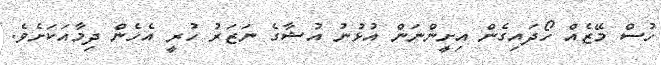
ހުސް މޭޒެއް ހޯދައިގެން އިށީންނަން އުޅުނު އުޝާގެ ނަޒަރު ހުރީ އެހެން ދިމާއަކަށެވެ.